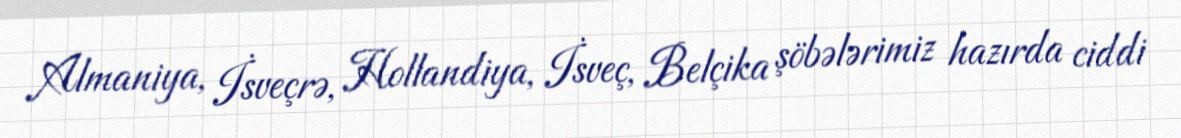
Almaniya, İsveçrə, Hollandiya, İsveç, Belçika şöbələrimiz hazırda ciddi